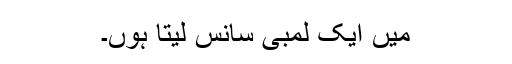
میں ایک لمبی سانس لیتا ہوں۔